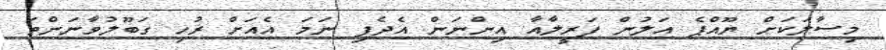
މިސާލަކަށް ޔޫއްޕެ އަލުން ފަރީލާއާ އިންނަން އެދެފި ނަމަ އެއަށް ރުހި ގަބޫލުވާނަންތަ